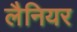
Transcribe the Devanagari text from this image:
लैनियर